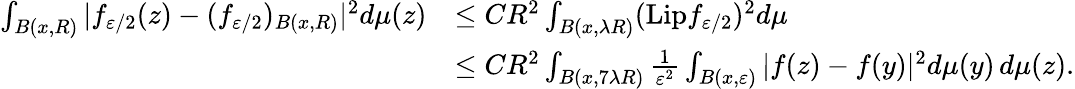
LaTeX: \begin{array}{rl}{\int_{B(x,R)}|f_{\varepsilon/2}(z)-(f_{\varepsilon/2})_{B(x,R)}|^{2}d\mu(z)}&{\leq CR^{2}\int_{B(x,\lambda R)}(\mathrm{Lip}f_{\varepsilon/2})^{2}d\mu}\\ &{\leq CR^{2}\int_{B(x,7\lambda R)}\frac{1}{\varepsilon^{2}}\int_{B(x,\varepsilon)}|f(z)-f(y)|^{2}d\mu(y)\, d\mu(z).}\end{array}